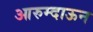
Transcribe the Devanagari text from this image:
आरुम्दाऊन